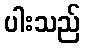
ပါးသည်